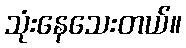
သုံးနေသေးတယ်။